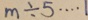
m \div 5 \cdots 1